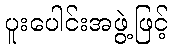
ပူးပေါင်းအဖွဲ့ဖြင့်